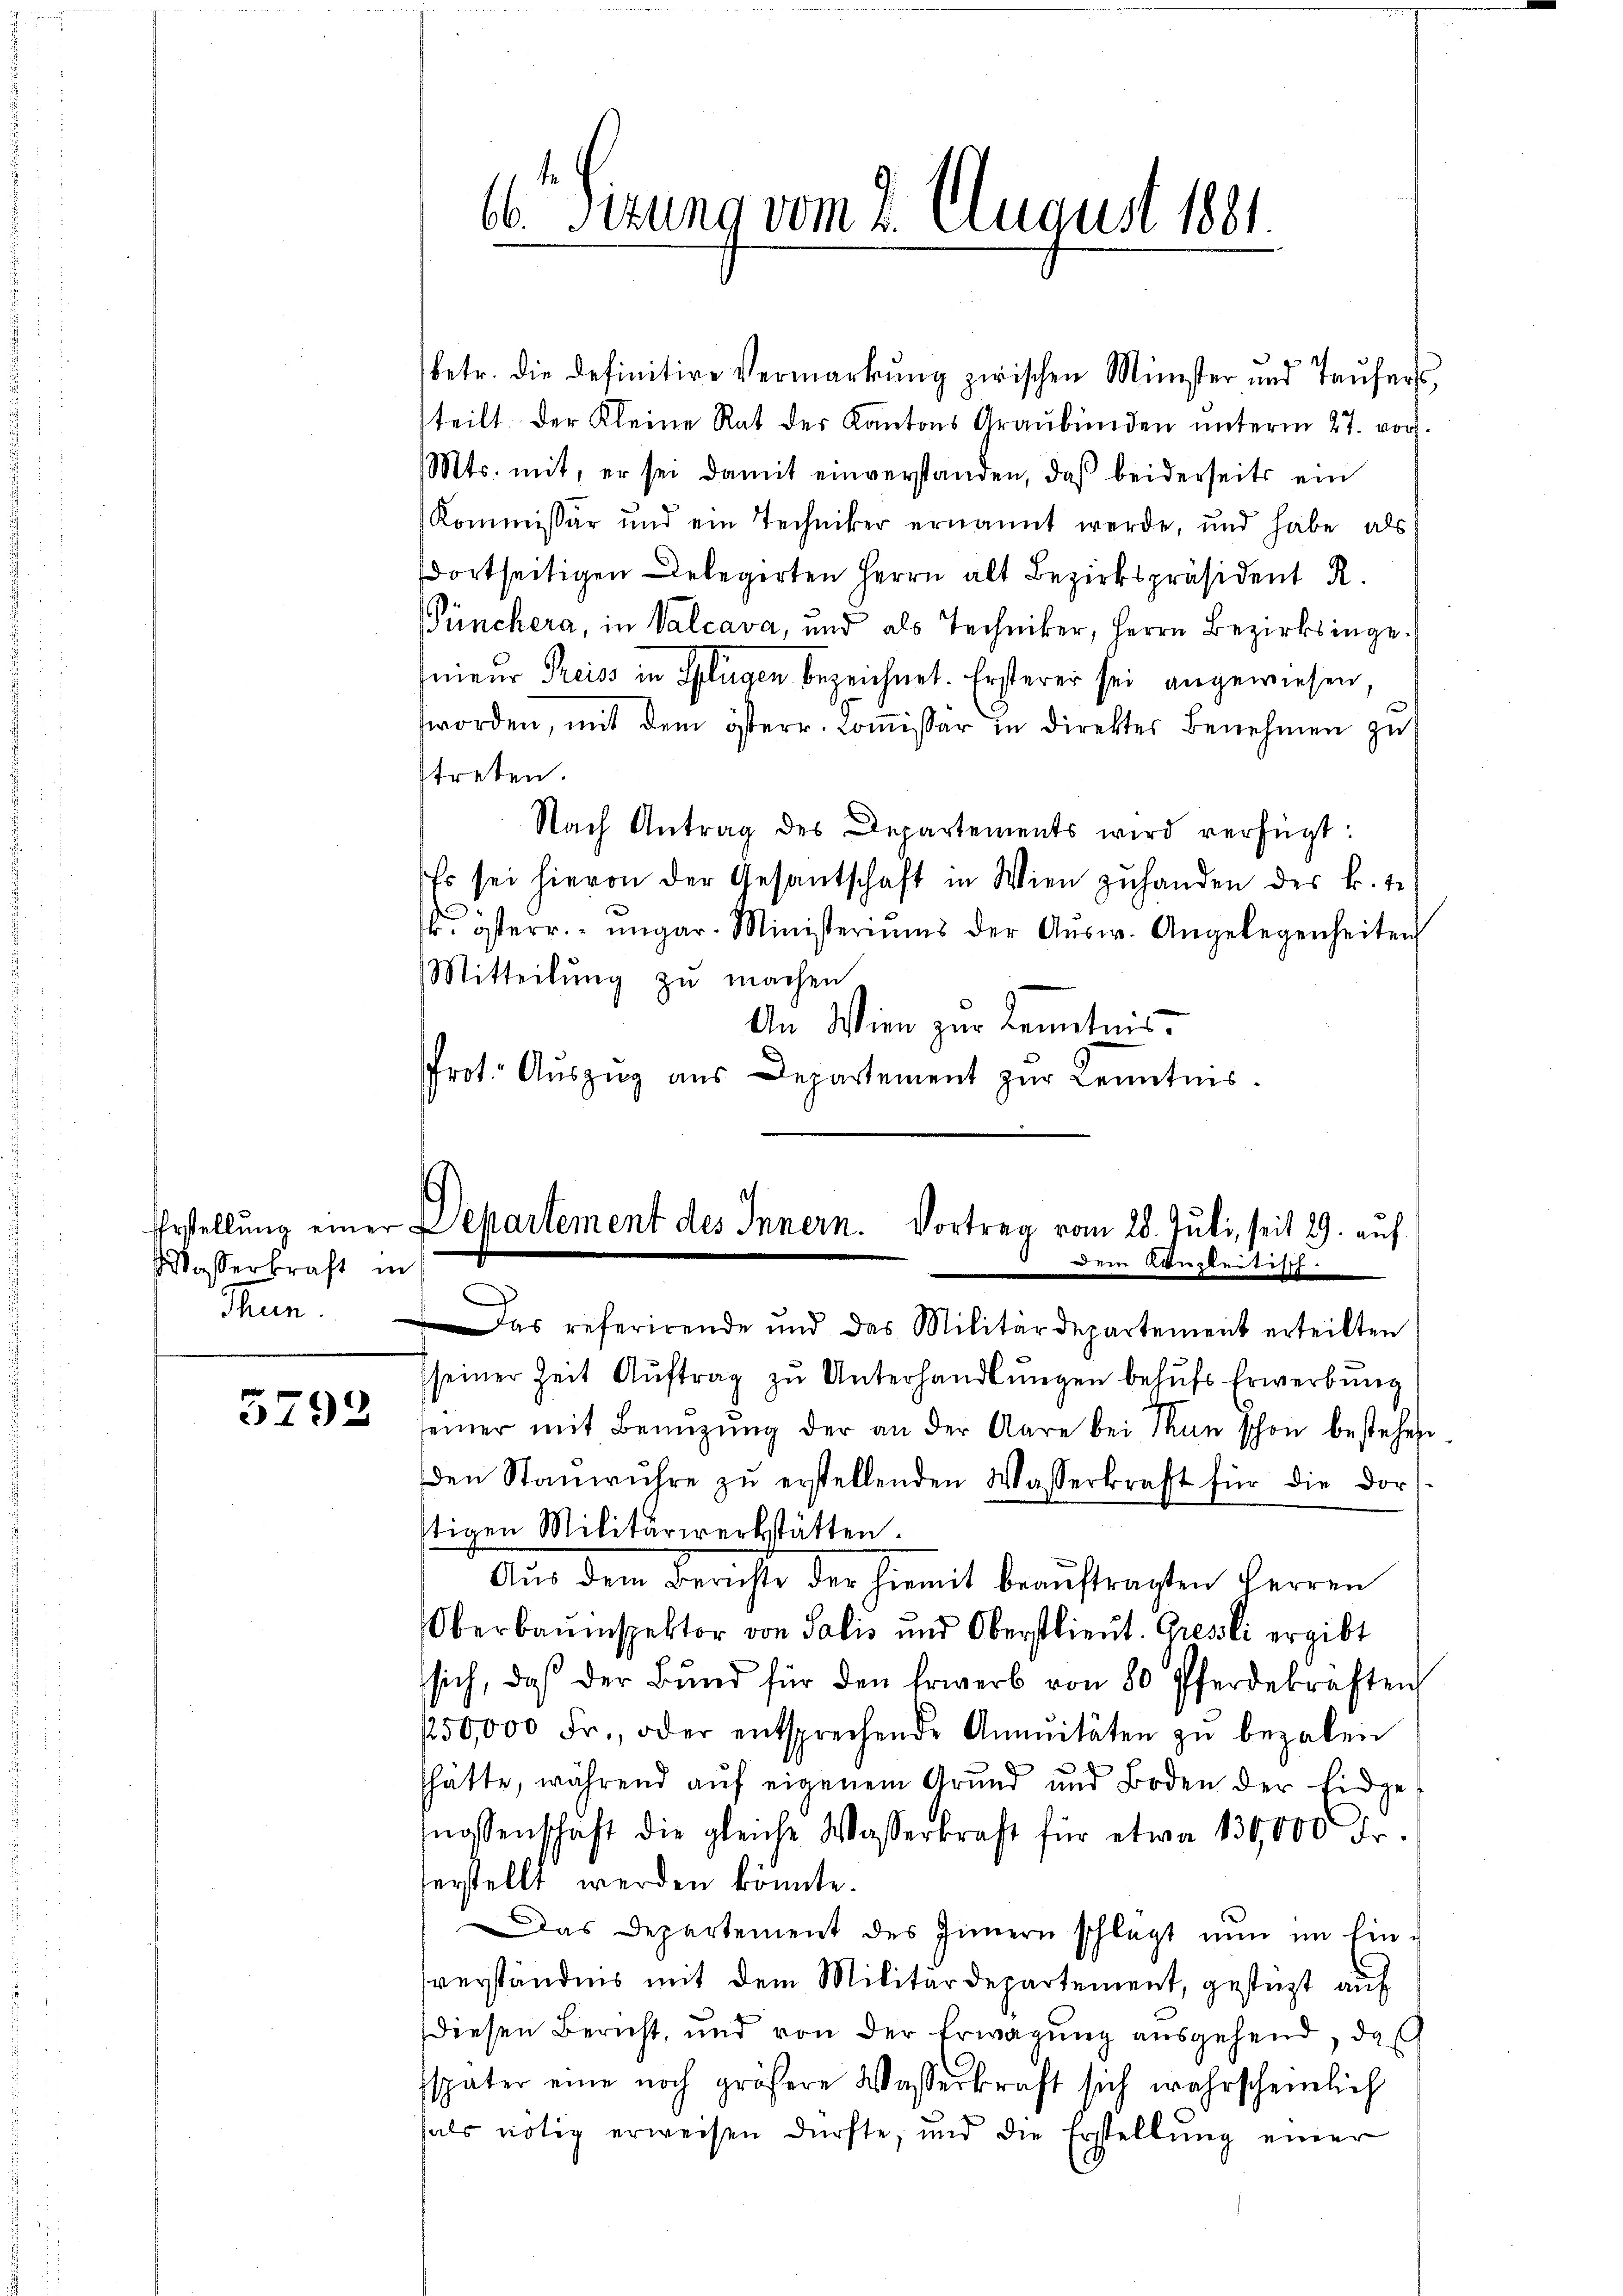
Erstellung einer
Wasserkraft in
Thun.

5792

betr. die definitive Vermarkung zwischen Münster und Taŭfers,
steilt. Der Kleine Rat des Kantons Graubünden unterm 27. vor.
Mts. mit, er sei damit einverstanden, daβ beiderseits ein
Kommissär und ein Techniker ernannt werde, und habe als
dortseitigen Delegirten Herrn alt Bezirkspräsident R.
Pünchera, in Valcava, und als Techniker, Herrn Bezirksingeqnieur Preiss in Splügen bezeichnet. Ersterer sei angewiesen
worden, mit dem österr. Coṁissar in direktes Benehmen zu
streten.
Nach Antrag des Departements wird verfügt:
Es sei hievon der Gesantschaft in Wien zŭ handen der k. t.
sk. österr. ungar. Ministeriums der Aŭsw. Angelegenheiten
Mitteilung zu machen
An Wien zur Kenntnis.
Prot. Aŭszŭg aŭs Departement zŭr Kenntnis.

Sizung vom 2. August 1881.

Departement des Innern. Vortrag vom 28. Juli, seit 29. auf
 Dem Kanzleitisch.

Das referirende und das Militärdepartement erteilten
seiner Zeit Aŭftrag zŭ Unterhandlŭngen behŭfs Erwerbung
seiner mit Benützŭng der an der Aare bei Man schon bestehen
den Stanwŭhre zŭ erstellenden Wasserkraft für die dor
stigen Militärwerkstätten.
Aus dem Berichte der hiemit beauftragten Herren
Oberbaŭmspektor von Salis und Oberstlieŭt. Gresli ergibt
ssich, daß der Bŭnd für den Erwerb von 80 Pferdekraften
250,000 Fr., oder entsprechende Annuitäten zŭ bezalen
d
hätte, während aŭf eigenem Grŭnd und Boden der Eidge-
nossenschaft die gleiche Wasserkraft für etwa 130,000 Fr.
erstellt werden könnte.
Das Departement des Innern schlägt nun im Einverständnis mit dem Militärdepartement, gesezt auf
diesen Bericht, und von der Erwägung ausgehend, das
sspäter eine noch größere Wasserkraft sich wahrscheinlich
fals nötig erweisen dürfte, und die Erstellung einer